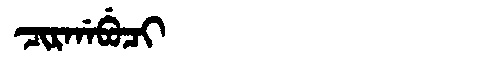
Manchu: ᠴᡳᡵᡤᠠᠪᡠᠴᡳ
Romanization: CIRGABUCI